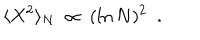
LaTeX: \langle X ^ { 2 } \rangle _ { N } ~ \propto ~ ( \ln N ) ^ { 2 } ~ ~ .